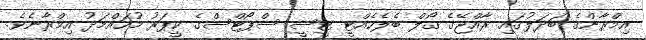
އިމްރާންގެ ބަދަލުގައި ރާއްޖޭގެ ގޯލް ބެލެހެއްޓީ ޓީސީ ސްޕޯޓްސްގެ ކީޕަރު މުހައްމަދު އިމްރާނެވެ.